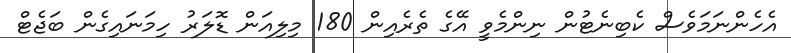
އެހެންނަމަވެސް ކެބިނެޓުން ނިންމެވީ އޭގެ ތެރެއިން 180 މިލިއަން ޑޮލަރު ހިމަނައިގެން ބަޖެޓް